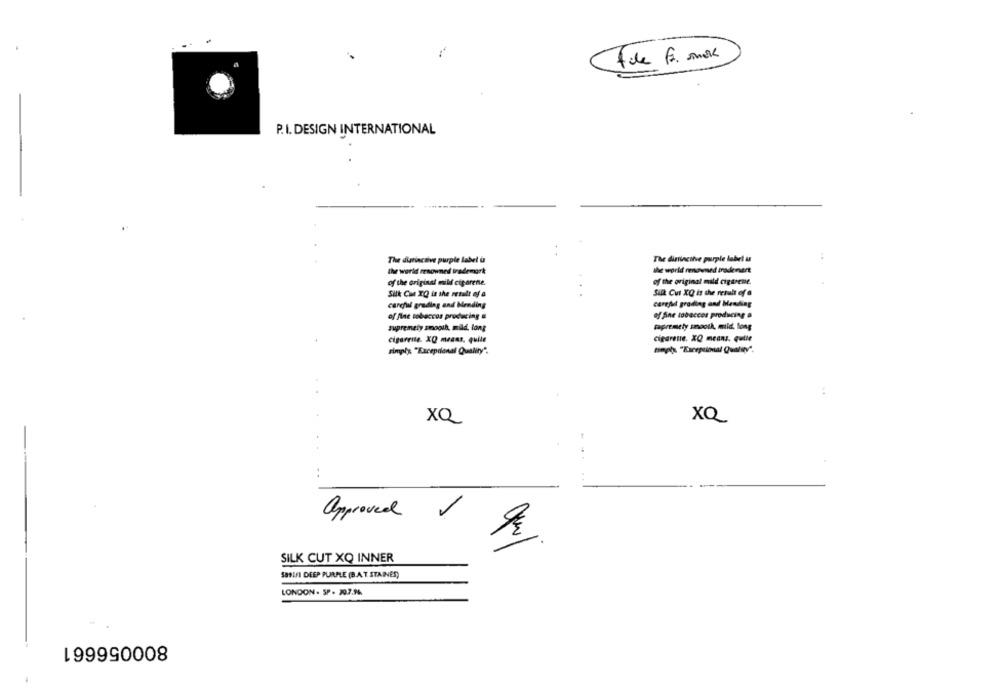
P.I. DESIGN INTERNATIONAL
The distinctive purple labet i
The dinincitve purple label it
the world renowned trademark
the world meowned insdenart
of the original milf ciporene.
of the original mild cigareme.
Silk Con XQ is the retali of a
.. .
Silk Cut XQ is the result of a
careful grading and bending
careful grading and Heading
of fine tobaccos producing #
of fine tobaccos producing a
supremely smooth, mild, long
mapremely smooth, mild, long
cigarette. XQ means. qulle
cigareite. XQ means, quile
simply "Excepcional Quality".
timpt "Exceptional Quality".
XQ
XQ
..
approved
SILK CUT XQ INNER
SB9IF1 DEEP PURPLE (B.A. T. STAINES)
LONDON . 5P . 30.2.16
800056661